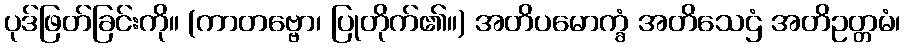
ပုဒ်ဖြတ်ခြင်းကို။ (ကာတဗ္ဗော၊ ပြုတိုက်၏။) အတိပမောက္ခံ အတိသေဌံ အတိဥတ္တမံ၊